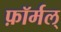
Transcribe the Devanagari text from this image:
फ़ॉर्मल्